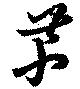
芹